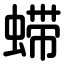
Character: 䗖